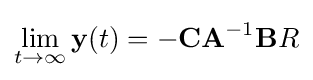
\lim _{t\to \infty }\mathbf {y} (t)=-\mathbf {CA} ^{-1}\mathbf {B} R